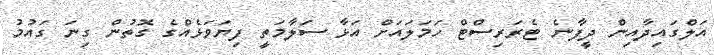
އަލްގައިދާއިން ދީފާނެ ޓެރަރިސްޓް ހަމަލައަށް އަޅާ ސަލާމަތީ ފިޔަވަޅެއްގެ ގޮތުން ގިނަ ގައުމު